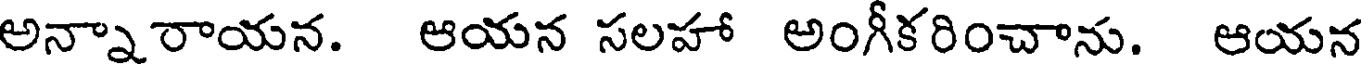
అన్నారాయన. ఆయన సలహా అంగీకరించాను. ఆయన